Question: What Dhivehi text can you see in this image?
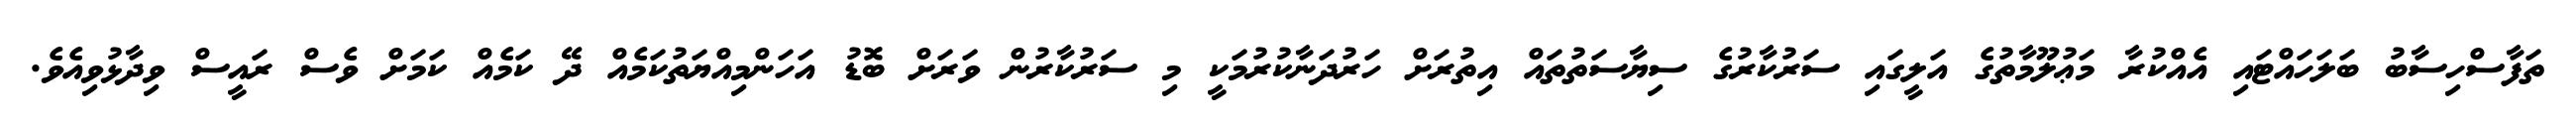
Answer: ތަފާސްހިސާބު ބަލަހައްޓައި އެއްކުރާ މަޢުލޫމާތުގެ އަލީގައި ސަރުކާރުގެ ސިޔާސަތުތައް އިތުރަށް ހަރުދަނާކުރުމަކީ މި ސަރުކާރުން ވަރަށް ބޮޑު އަހަންމިއްޔަތުކަމެއް ދޭ ކަމެއް ކަމަށް ވެސް ރައީސް ވިދާޅުވިއެވެ.